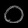
Digit: ၀